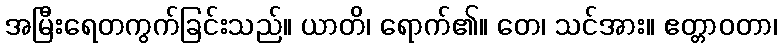
အမြီးရေတကွက်ခြင်းသည်။ ယာတိ၊ ရောက်၏။ တေ၊ သင်အား။ ဧတ္တာဝတာ၊